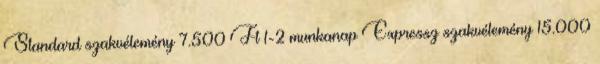
Standard szakvélemény 7.500 Ft 1-2 munkanap Expressz szakvélemény 15.000